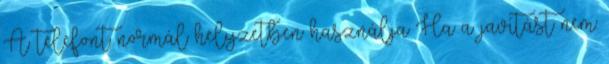
A telefont normál helyzetben használja Ha a javítást nem